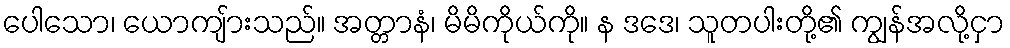
ပေါသော၊ ယောကျ်ားသည်။ အတ္တာနံ၊ မိမိကိုယ်ကို။ န ဒဒေ၊ သူတပါးတို့၏ ကျွန်အလို့ငှာ